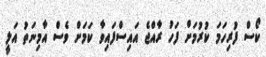
ކޯސް ފުރިހަމަ ކުރުމަށް ފަހު ރާއްޖެ އައިސްފައިވާ ކަމަށް ވެސް އާމިނަތު އަލީ